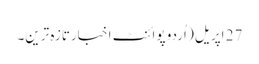
27 اپریل ( اُردو پوائنٹ اخبارتازہ ترین۔